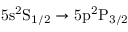
\mathrm { 5 s ^ { 2 } S _ { 1 / 2 } } \rightarrow \mathrm { 5 p ^ { 2 } P _ { 3 / 2 } }